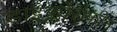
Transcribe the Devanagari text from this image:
डाइक्लोरोफीन